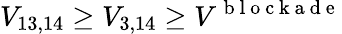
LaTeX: V_{13,14}\geq V_{3,14}\geq V^{\mathrm{~b~l~o~c~k~a~d~e~}}